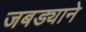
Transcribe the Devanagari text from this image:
जबड्याने